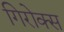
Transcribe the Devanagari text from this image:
गिरोक्स